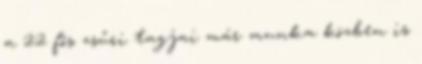
a 22 fős zsűri tagjai már munka közben is